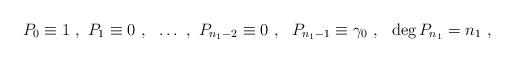
LaTeX: \begin{gather*} P_{0} \equiv 1\ , \ P_{1} \equiv 0 \ , \ \ \ldots \ ,\ P_{n_{1} -2} \equiv 0 \ , \ \ P_{n_{1} -1} \equiv \gamma_{0} \ , \ \ \deg P_{n_{1}} = n_{1} \ ,\end{gather*}